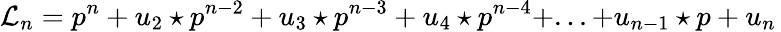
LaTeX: {\mathcal L}_{n}=p^{n}+u_{2}\star p^{n-2}+u_{3}\star p^{n-3}+u_{4}\star p^{n-4}+...+u_{n-1}\star p+u_{n}\,